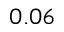
0 . 0 6